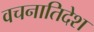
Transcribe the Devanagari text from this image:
वचनातिदेश